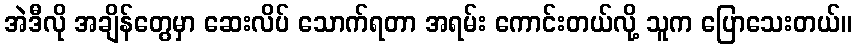
အဲဒီလို အချိန်တွေမှာ ဆေးလိပ် သောက်ရတာ အရမ်း ကောင်းတယ်လို့ သူက ပြောသေးတယ်။